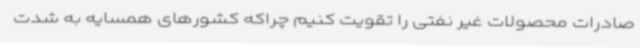
صادرات محصولات غیر نفتی را تقویت کنیم چراکه کشورهای همسایه به شدت